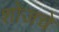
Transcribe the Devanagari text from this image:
शोजचे